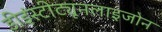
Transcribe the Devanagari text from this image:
डीइंस्टीट्यूनलाइजोन